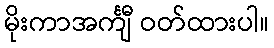
မိုးကာအင်္ကျီ ဝတ်ထားပါ။